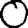
Digit: 0